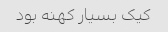
کیک بسیار کهنه بود